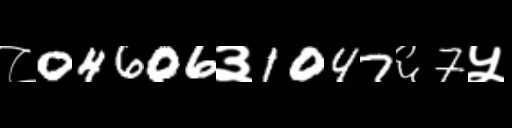
Text: ८04606३1047६7५